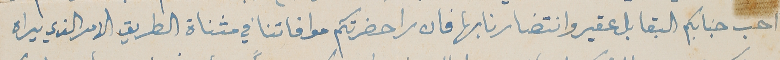
احب جنابكم البقا بلعقير وانتضارنا بها فان را حضرتكم موافاتنا في مثناة الطريق الامر الذي يراه